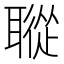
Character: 𦗜